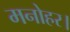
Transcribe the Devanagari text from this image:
मनोहर।